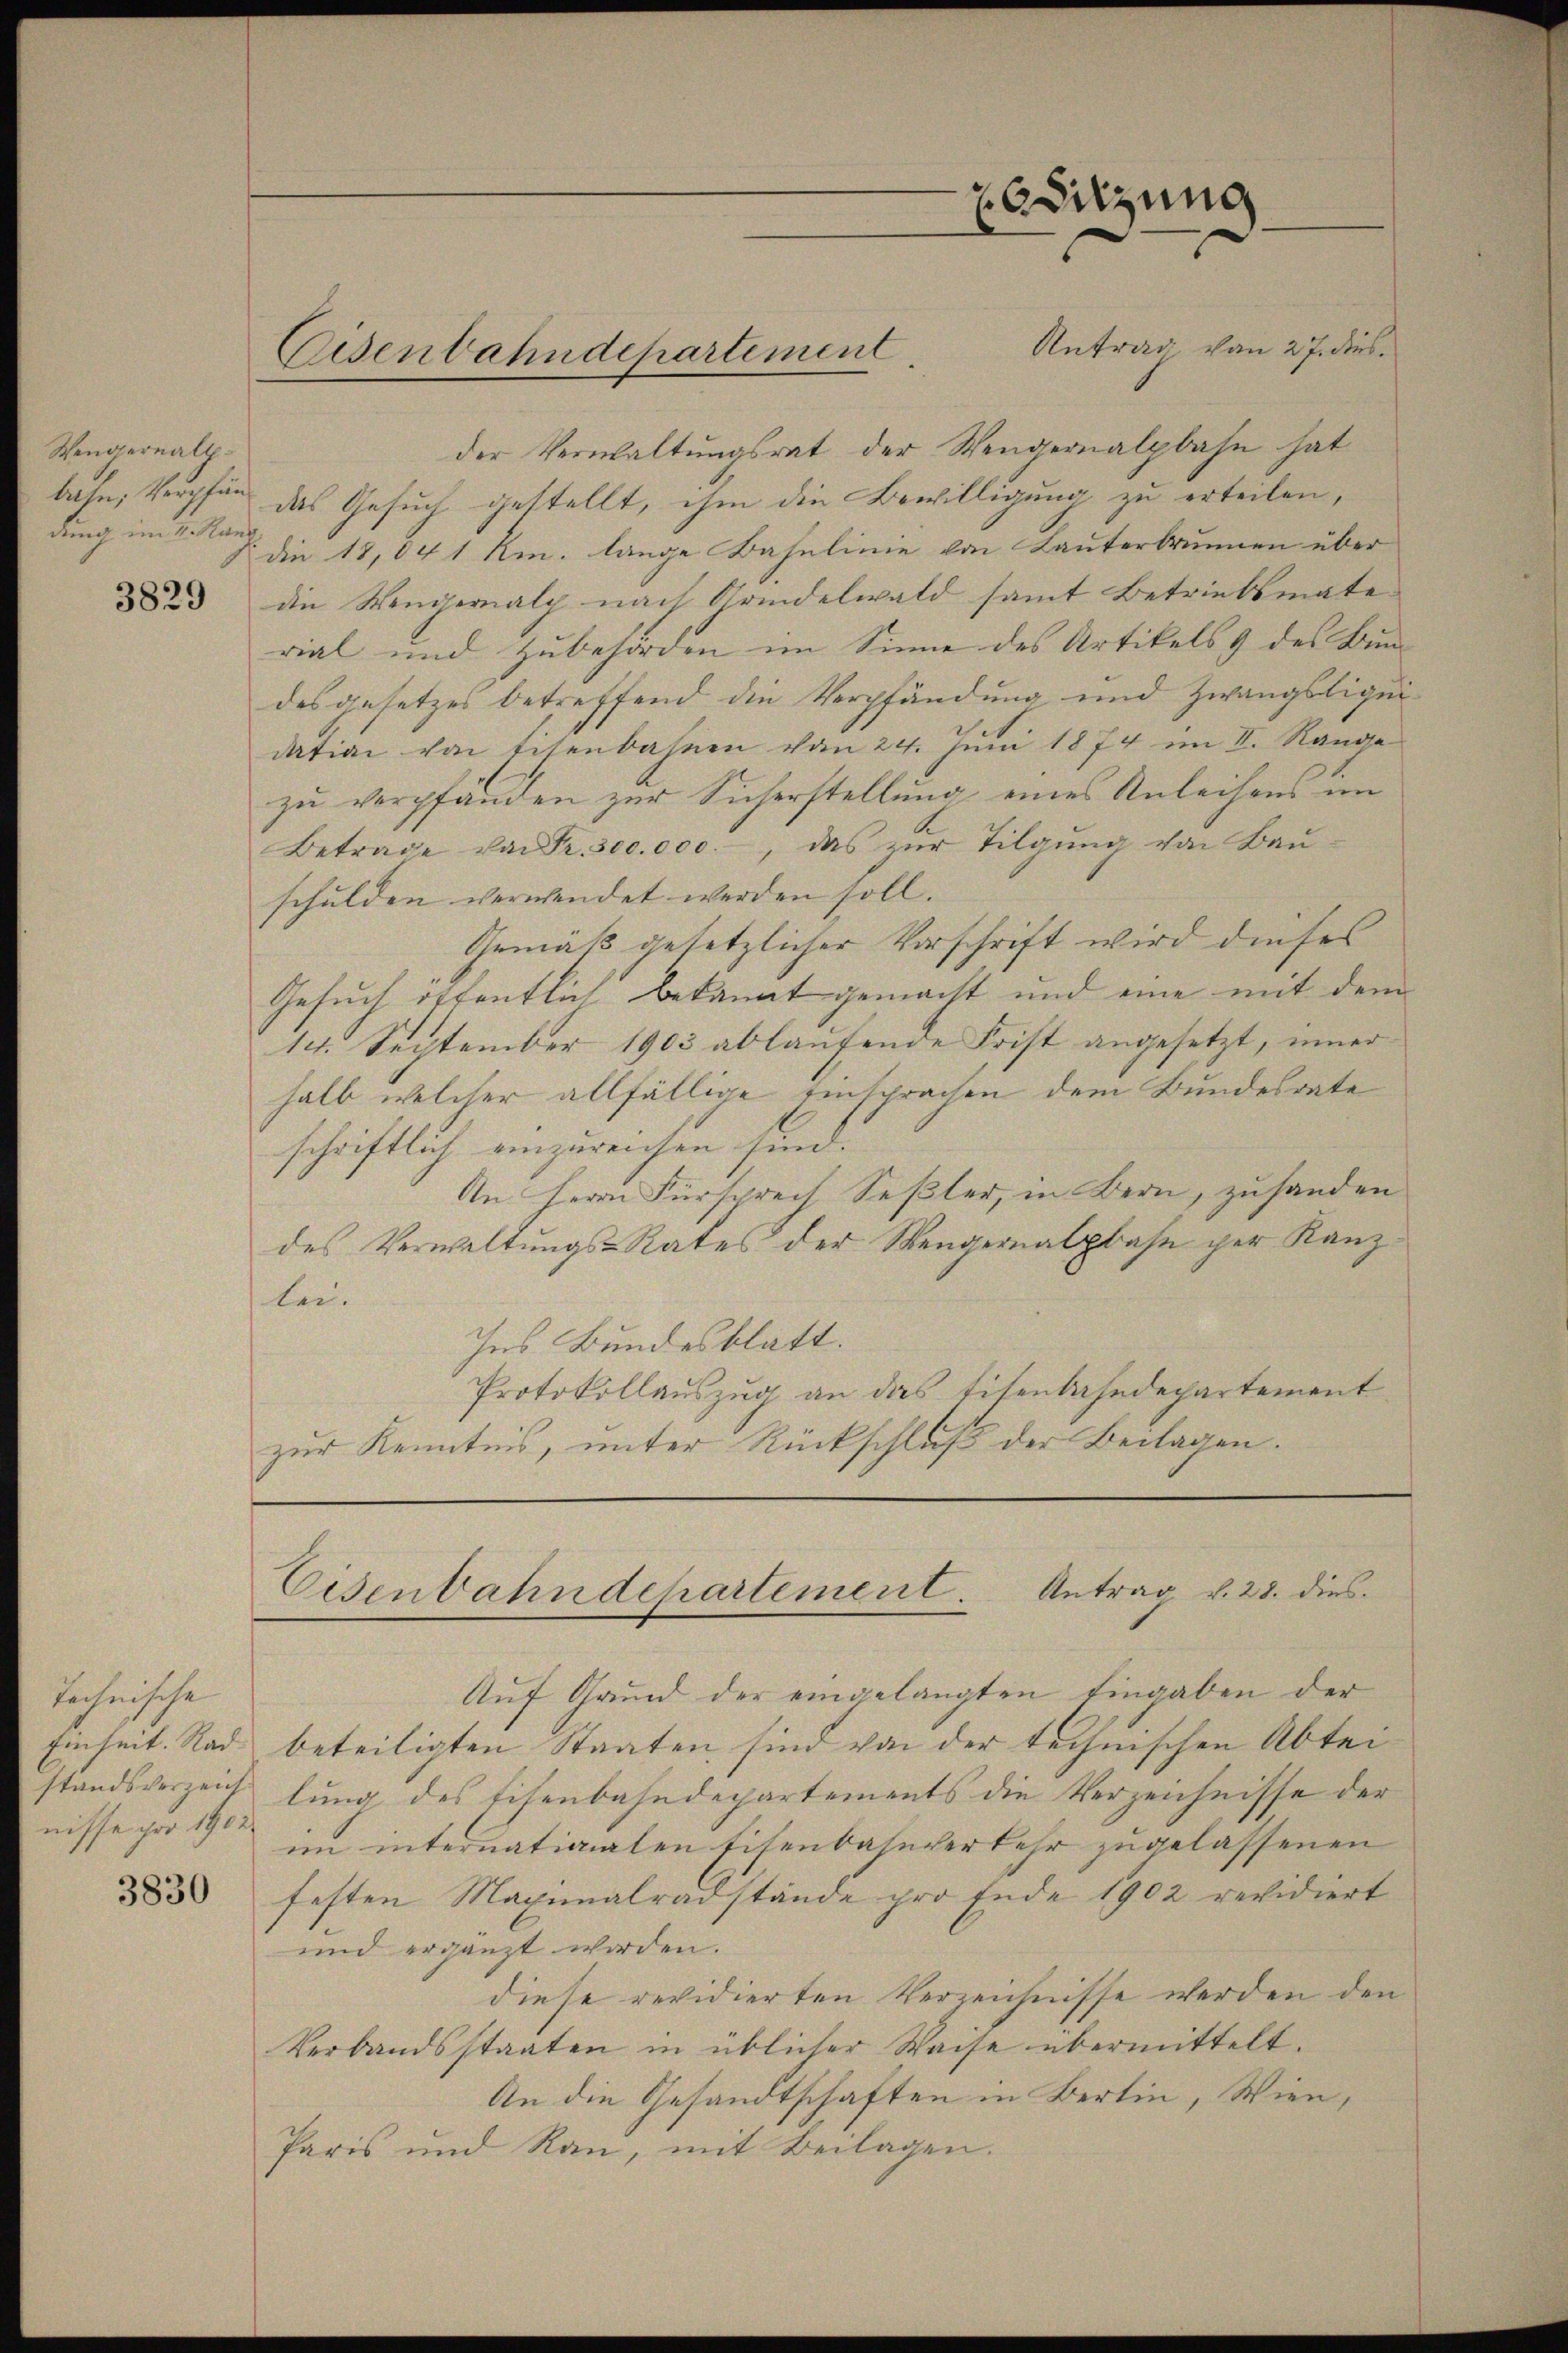
Wengernall
bahn, Verpfänd
dung im v. Kanz
3829

technische
standsverzeichnisse pro 1902

3830

Eisenbahndepartement.

esitzung

Antrag von 27. dies
der Verwaltungsrat der Wengernalpbahn hat
das Gesuch gestellt, ihm die Bewilligung zu erteilen,
die 18,04 1 Rm. lange Bahnlinie von Lauterbrunnen über
die Wengernalp nach Grindelwald samt Betriebsmate
rial und Zubehörden im Sinne des Artikels 9 des Bundesgesetzes betreffend die Verpfändung und Zwangsliquidation von Eisenbahnen vom 24. Juni 1874 im II. Range
zu verpfänden zur Sicherstellung eines Anleihens im
Betrage von Fr. 300.000.-, das zŭr Tilgŭng von Baŭ-
schulden verwendet werden soll.
Gemäß gesetzlicher Vorschrift wird dieses
Gesuch öffentlich bekannt gemacht und eine mit dem
14. September 1903 ablaufende Frist angesetzt, inner
halb welcher allfällige Einsprachen dem Bundesrate
schriftlich einzureichen sind.
An Herrn Fürsprech Seßler, in Bern, zusanden
des Verwaltungs-Rates der Mengernalphase per Kanzlei.
Ins Bundesblatt.
Protokollauszug an das Eisenbahndepartement
zur Kenntnis, unter Rückschluß der Beilagen.

Eisenbahndepartement. Antrag v. 28. dies

Auf Grund der eingelangten Eingaben der
Einheit. Rad beteiligten Staaten sind von der technischen Abteilung des Eisenbahndepartements die Verzeichnisse der
im internationalen Eisenbahnverkehr zugelassenen
festen Maximalradstände pro Ende 1902 revidiert
und ergänzt worden.
diese revidierten Verzeichnisse werden den
Verbandsstaaten in üblicher Waise übermittelt.
An die Gesandtschaften in Bertin, Wien,
Paris und Rau, mit Beilagen.